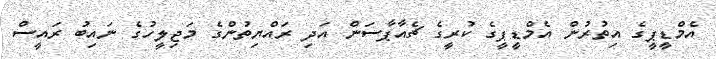
އެމްޑީޕީގެ އިތުރުން އެމްޑީޕީގެ ކުރީގެ ޗެއާޕާސަން އަދި ރައްޔިތުންގެ މަޖިލީހުގެ ނައިބު ރައީސް